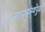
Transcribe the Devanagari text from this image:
न्यायसंस्थेपुढे